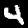
Digit: 4